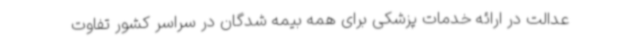
عدالت در ارائه خدمات پزشکی برای همه بیمه شدگان در سراسر کشور تفاوت